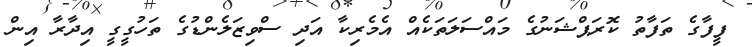
ފީފާގެ ތަފާތު ކޮރަޕްޝަނުގެ މައްސަލަތަކެއް އެމެރިކާ އަދި ސްވިޒަލެންޑުގެ ތަހުގީގީ އިދާރާ އިން